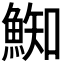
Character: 𩸴